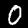
Label: 0